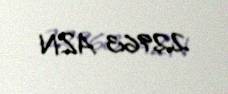
22963 AZN